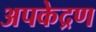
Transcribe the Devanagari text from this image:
अपकेद्रण